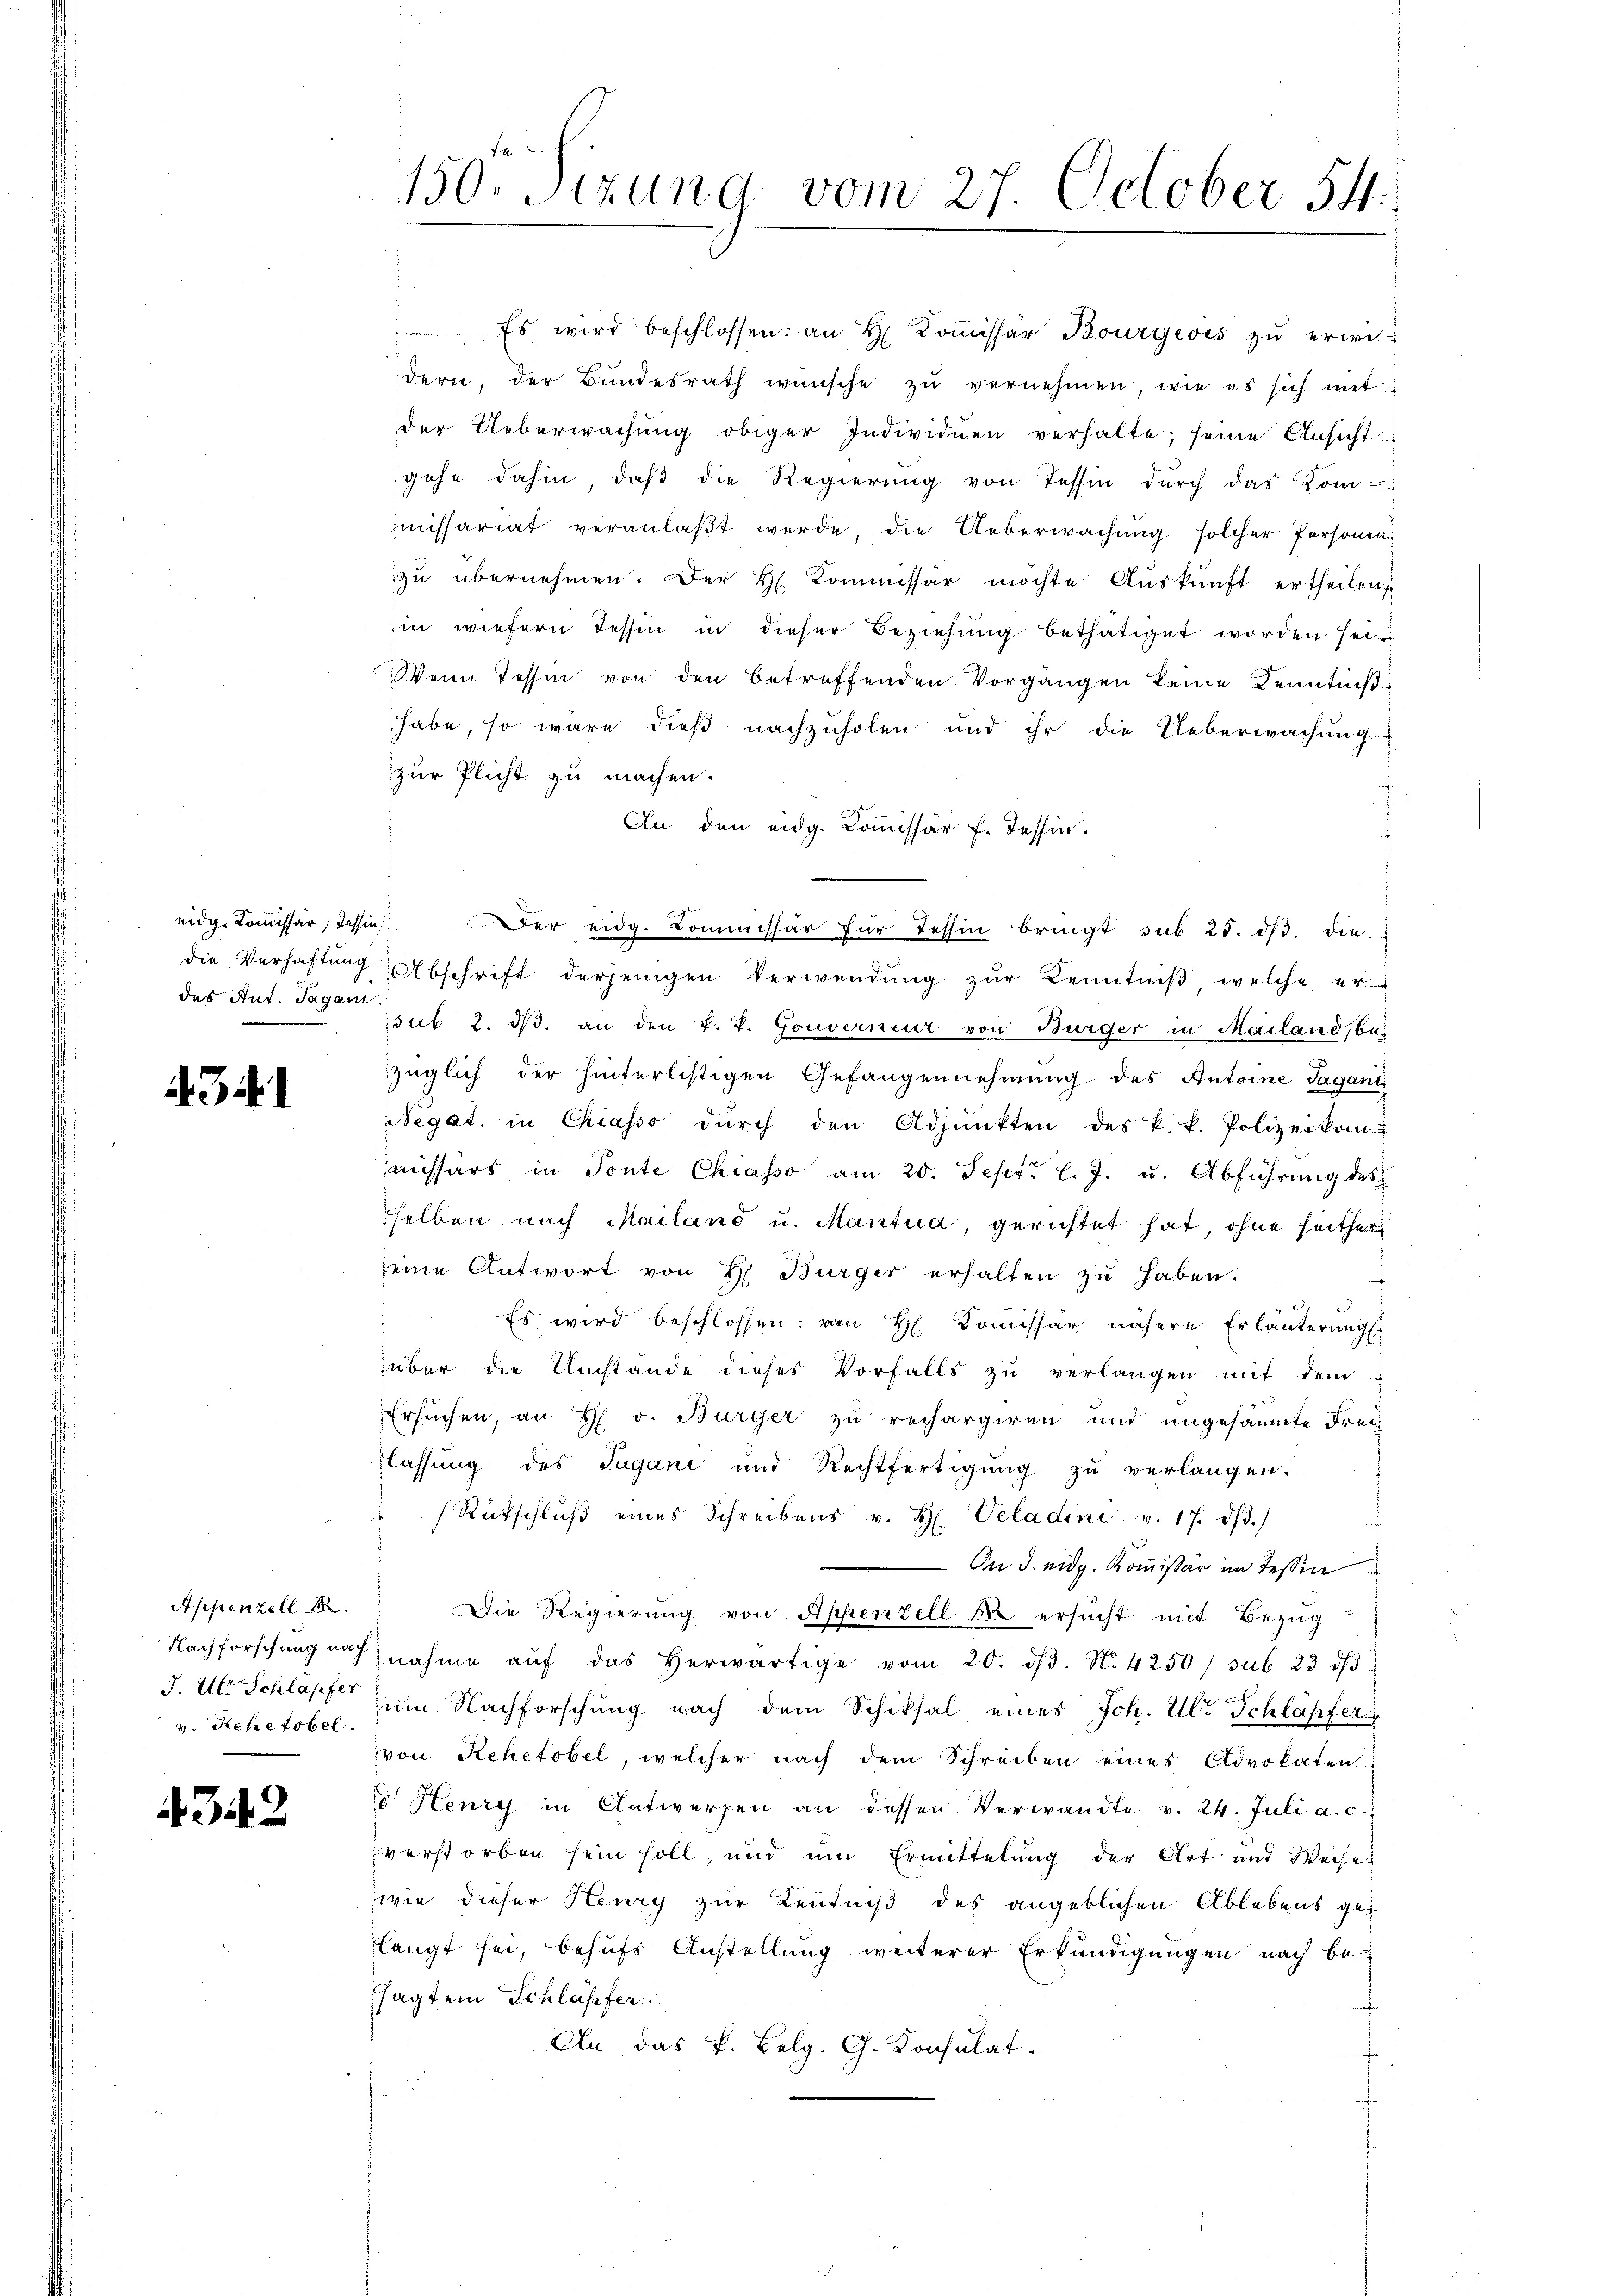
eidg. Kommissär, Tessin
die Verhaftung
des Ant. Tagani

43.1

Appenzell
J. Ulr Schlapfer
v. Rehetobel.

342

150. Sizung vom 27. October 54.

Es wird beschlossen: an H. Koṁissär Bourgeois zŭ erwidern, der Bundesrath wünsche zu vernehmen, wie es sich mit
der Ueberwachung obiger Individuen verhalte; seine Ansicht
gehe dahin, daß die Regierung von Tessin durch das Kom-
missariat veranlaßt werde, die Ueberwachung solcher Personen
zu übernehmen. Der H. Kommissär möchte Auskunft ertheilen
ii wiefern Tessin in dieser Beziehung bethätiget worden sein
Wenn Tessin von den betreffenden Vorgangen keine Kenntnißhabe, so wäre dieß nachzuholen und ihr die Ueberwachung
zŭr Plicht zu machen.
An den eidg. Commissär f. Tessin.
in. Der eidg. Commissär für Tessin bringt sub 25. ds. die
Abschrift derjenigen Verwendung zŭr Kenntniß welche er
sub 2. dβ an den k. k. Gouverneur von Bürger in Mailand, ba
züglich der hinterlistigen Gefangennehmung des Antoine Sagani
egat in Chiasso dŭrch den Adjunkten des k.k. Polizeikom-
missärs in Tonte Chiasso am 20. Sept. l. J. u. Abführung des
selben nach Mailand u. Mantua, gerichtet hat, ohne heither
eine Antwort von H. Bürger erhalten zu haben.
Es wird beschlossen: von H. Komissär nähere Erläuterung
über die Umstande dieser Vorfalls zŭ verlangen mit dem
Ersuchen, an H. v. Bürger zu rechargiren und ungesäumte Frei
flassung des Jagani und Rechtfertigŭng zŭ verlangen.
Rückschlŭβ eines Schreibens v. H. Veladini v. 17. d.)
 In d. eidg. Kommissär im Tessin
Die Regierung von Appenzell der ersucht mit Bezug
Nachforschung nachnahme aŭf das herwärtige vom 20. dβ. N. 4250/ sub 23 dβ
zum Nachforschung nach dem Schiksal eines Joh. Ulr. Schläpfer
von Rehetobel, welcher nach dem Schreiben eines Advokaten
d Henry in Antwerfen an dessen Verwandte v. 24. Juli a. c.
verstorben sein soll, und um Ermittelung der Art und Weise
wie dieser Henry zur Kentniß des angeblichen Ablebens gelangt sei, behufs Anstellung weiterer Erkundigungen nach be-
sagtem Schläpfer
An das k. Belg. G. Konsulat.